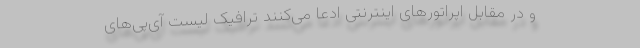
و در مقابل اپراتورهای اینترنتی ادعا می‌کنند ترافیک لیست ‌آی‌پی‌های